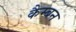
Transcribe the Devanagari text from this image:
कैम्बन